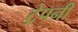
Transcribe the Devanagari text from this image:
ट्रेपनी